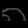
Digit: ၈